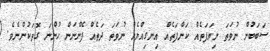
ސަބަބުން ނުވަތަ ނިޔަފަތެއް ކަންފަތެއް އިނގިއްޔެއް ނުވަތަ ދަތެއް ފެންނަން ހުންނަ ގޮތަކުންނެވެ.